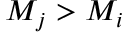
M _ { j } > M _ { i }